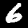
Digit: 6